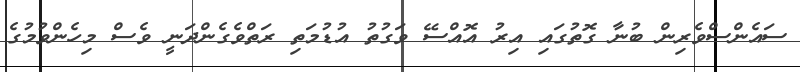
ސައެންސްވެރިން ބުނާ ގޮތުގައި އިރު އޮއްސޭ ވަގުތު އުޑުމަތި ރަތްވެގެންދަނީ ވެސް މިހެންވުމުގެ